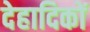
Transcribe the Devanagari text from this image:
देहादिकों